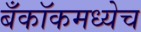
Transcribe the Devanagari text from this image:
बँकॉकमध्येच